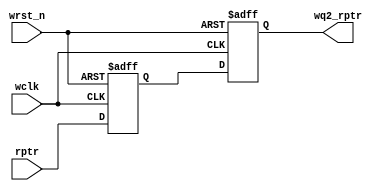
`timescale 1ns / 1ps
module sync_r2w #(parameter ADDRSIZE = 4)
				 (output reg [ADDRSIZE:0] wq2_rptr,			//Base representation *q2_!ptr where the *q2 represents the domain to which the !ptr has to be synchronized to
				  input [ADDRSIZE:0] rptr,			//Read pointer to be synchronized to the write clock domain
				  input wclk, wrst_n);			//wclk --> write clock, wrst_n --> write clock reset

reg [ADDRSIZE:0] wq1_rptr;			//Basic Synchronization scheme by using two registers in the path of the two signals (two different domains) and use one as the reference

always @(posedge wclk or negedge wrst_n)

if (!wrst_n) {wq2_rptr,wq1_rptr} <= 0;
else {wq2_rptr,wq1_rptr} <= {wq1_rptr,rptr};		//Simple register shift to synchronize

endmodule